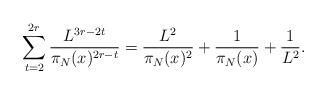
\begin{align*}\sum_{t=2}^{2r} \frac{L^{3r - 2t}}{\pi_N(x)^{2r - t}} = \frac{L^2}{\pi_N(x)^2} + \frac{1}{\pi_N(x)} + \frac{1}{L^2}.\end{align*}